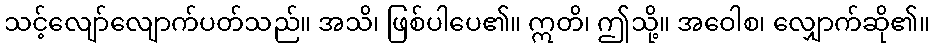
သင့်လျော်လျောက်ပတ်သည်။ အသိ၊ ဖြစ်ပါပေ၏။ ဣတိ၊ ဤသို့။ အဝေါစ၊ လျှောက်ဆို၏။